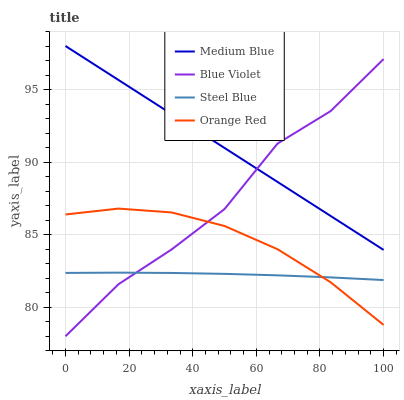
| xaxis_label | Medium Blue | Blue Violet | Steel Blue | Orange Red |
 | --- | --- | --- | --- | --- |
 | 0 | 98 | 78 | 82.4 | 86.4 |
 | 16.7 | 95.7 | 81.6 | 82.4 | 86.8 |
 | 33.3 | 93.3 | 84 | 82.4 | 86.5 |
 | 50 | 91 | 86.8 | 82.3 | 85.6 |
 | 66.7 | 88.6 | 91.3 | 82.2 | 84 |
 | 83.3 | 86.3 | 93.5 | 82.1 | 81.7 |
 | 100 | 83.9 | 97.1 | 81.9 | 78.8 |